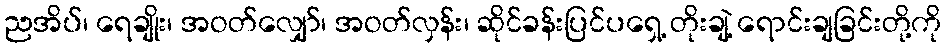
ညအိပ်၊ ရေချိုး၊ အဝတ်လျှော်၊ အဝတ်လှန်း၊ ဆိုင်ခန်းပြင်ပရှေ့ တိုးချဲ့ ရောင်းချခြင်းတို့ကို